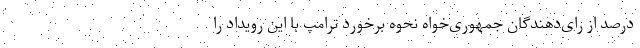
درصد از رای‌دهندگان جمهوری‌خواه نحوه برخورد ترامپ با این رویداد را